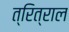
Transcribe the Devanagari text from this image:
त्रित्राल